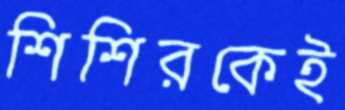
শিশিরকেই